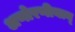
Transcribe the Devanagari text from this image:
अणोरणीयान्‌